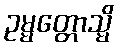
ဥမ္မတ္တောသ္မိ